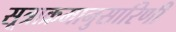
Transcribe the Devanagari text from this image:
सूत्राक्रमानुसारिणी